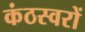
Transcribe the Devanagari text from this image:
कंठस्वरों